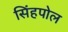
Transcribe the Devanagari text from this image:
सिंहपोल